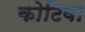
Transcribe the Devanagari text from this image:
कोटिवा